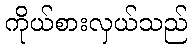
ကိုယ်စားလှယ်သည်